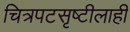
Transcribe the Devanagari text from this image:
चित्रपटसृष्टीलाही